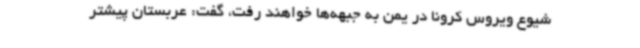
شیوع ویروس کرونا در یمن به جبهه‌ها خواهند رفت، گفت: عربستان پیشتر